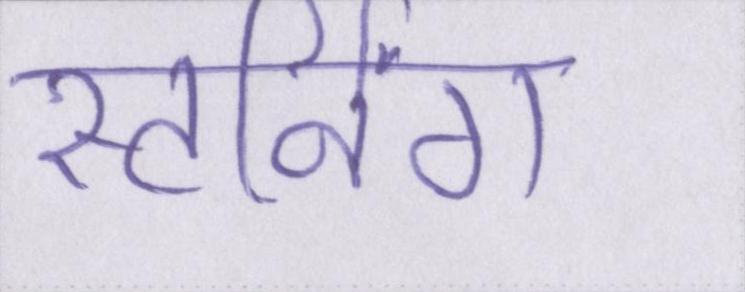
स्टर्निंग